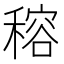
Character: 穃